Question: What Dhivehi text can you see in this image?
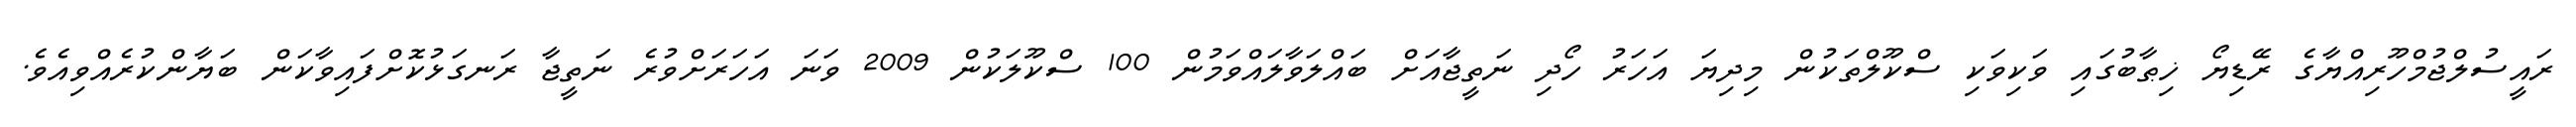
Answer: ރައީސުލްޖުމްހޫރިއްޔާގެ ރޭޑިޔޯ ޚިޠާބުގައި ވަކިވަކި ސްކޫލްތަކުން މިދިޔަ އަހަރު ހޯދި ނަތީޖާއަށް ބައްލަވާލައްވަމުން 100 ސްކޫލަކުން 2009 ވަނަ އަހަރަށްވުރެ ނަތީޖާ ރަނގަޅުކޮށްފައިވާކަން ބަޔާންކުރެއްވިއެވެ.